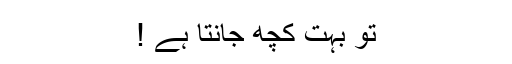
توُ بہت کچھ جانتا ہے !